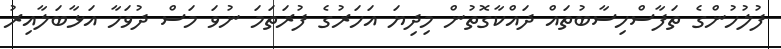
ފުލުހުންގެ ތަފާސްހިސާބުތައް ދައްކާގޮތުން މިދިޔަ އަހަރުގެ ފުރަތަމަ ނުވަ މަސް ދުވަހާ އަޅާބަލާއިރު